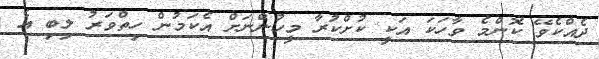
ދެއްކެވޭ ކޮންމެ ވާހަކަ އަކީ ކުށްކުރާ މީހުންނަށް އެކަމުން ހިތްވަރު ލިބި އެ